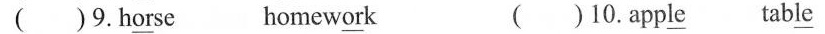
( )9.H\underline{or}se homew\underline{or}k ( ) 10.App\underline{le} tab\underline{le}